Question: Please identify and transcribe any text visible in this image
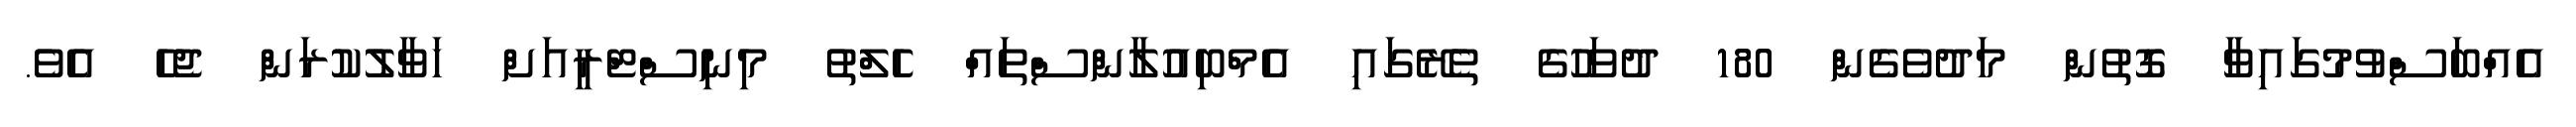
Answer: އެއްބަސްވުމުގައިވާ ގޮތުން މަދުވެގެން 180 ދުވަހުގެ ތެރޭގައި އެމްބިއުލާންސްތައް ހެލްތު މިނިސްޓްރީއަށް ހަވާލުކުރަން ޖެހެ އެވެ.